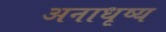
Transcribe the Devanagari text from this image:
अनाधृष्य